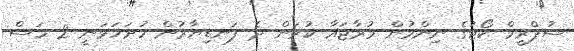
ސުޕްރީމް ކޯޓުގެ ނިންމުން މުރާޖައާ ކުރަން ދެ ފަނޑިޔާރުން ހުށަހަޅަނީ 2 މަސް